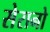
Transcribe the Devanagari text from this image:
सेरानो